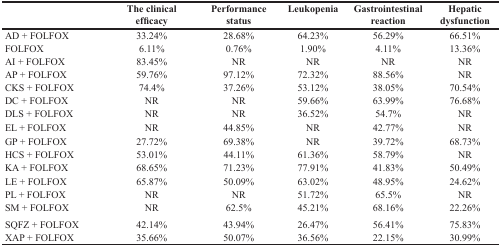
<table><thead><tr><td></td><td><b>The clinical efficacy</b></td><td><b>Performance status</b></td><td><b>Leukopenia</b></td><td><b>Gastrointestinal reaction</b></td><td><b>Hepatic dysfunction</b></td></tr></thead><tbody><tr><td>AD + FOLFOX</td><td>33.24%</td><td>28.68%</td><td>64.23%</td><td>56.29%</td><td>66.51%</td></tr><tr><td>FOLFOX</td><td>6.11%</td><td>0.76%</td><td>1.90%</td><td>4.11%</td><td>13.36%</td></tr><tr><td>AI + FOLFOX</td><td>83.45%</td><td>NR</td><td>NR</td><td>NR</td><td>NR</td></tr><tr><td>AP + FOLFOX</td><td>59.76%</td><td>97.12%</td><td>72.32%</td><td>88.56%</td><td>NR</td></tr><tr><td>CKS + FOLFOX</td><td>74.4%</td><td>37.26%</td><td>53.12%</td><td>38.05%</td><td>70.54%</td></tr><tr><td>DC + FOLFOX</td><td>NR</td><td>NR</td><td>59.66%</td><td>63.99%</td><td>76.68%</td></tr><tr><td>DLS + FOLFOX</td><td>NR</td><td>NR</td><td>36.52%</td><td>54.7%</td><td>NR</td></tr><tr><td>EL + FOLFOX</td><td>NR</td><td>44.85%</td><td>NR</td><td>42.77%</td><td>NR</td></tr><tr><td>GP + FOLFOX</td><td>27.72%</td><td>69.38%</td><td>NR</td><td>39.72%</td><td>68.73%</td></tr><tr><td>HCS + FOLFOX</td><td>53.01%</td><td>44.11%</td><td>61.36%</td><td>58.79%</td><td>NR</td></tr><tr><td>KA + FOLFOX</td><td>68.65%</td><td>71.23%</td><td>77.91%</td><td>41.83%</td><td>50.49%</td></tr><tr><td>LE + FOLFOX</td><td>65.87%</td><td>50.09%</td><td>63.02%</td><td>48.95%</td><td>24.62%</td></tr><tr><td>PL + FOLFOX</td><td>NR</td><td>NR</td><td>51.72%</td><td>65.5%</td><td>NR</td></tr><tr><td>SM + FOLFOX</td><td>NR</td><td>62.5%</td><td>45.21%</td><td>68.16%</td><td>22.26%</td></tr><tr><td>SQFZ + FOLFOX</td><td>42.14%</td><td>43.94%</td><td>26.47%</td><td>56.41%</td><td>75.83%</td></tr><tr><td>XAP + FOLFOX</td><td>35.66%</td><td>50.07%</td><td>36.56%</td><td>22.15%</td><td>30.99%</td></tr></tbody></table>